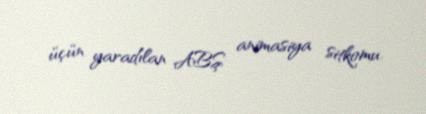
üçün yaradılan ABŞ animasiya sitkomu.